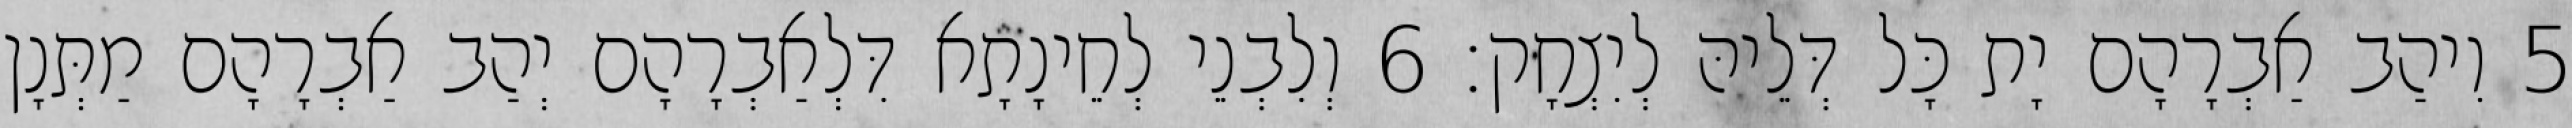
5 וִיהַב אַבְרָהָם יָת כָּל דְּלֵיהּ לְיִצְחָק׃ 6 וְלִבְנֵי לְחֵינָתָא דִּלְאַבְרָהָם יְהַב אַבְרָהָם מַתְּנָן